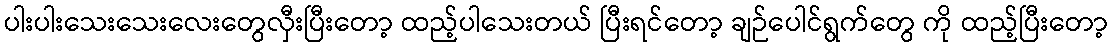
ပါးပါးသေးသေးလေးတွေလှီးပြီးတော့ ထည့်ပါသေးတယ် ပြီးရင်တော့ ချဉ်ပေါင်ရွက်တွေ ကို ထည့်ပြီးတော့